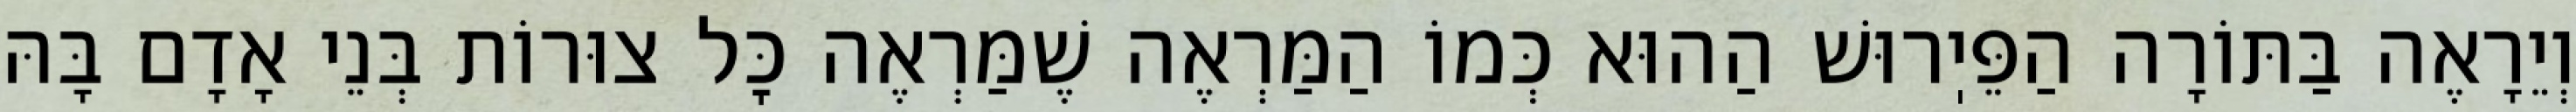
וְיֵרָאֶה בַּתּוֹרָה הַפֵּיֽרוּשׁ הַהוּא כְּמוֹ הַמַּרְאֶה שֶׁמַּרְאֶה כׇּל צוּרוֹת בְּנֵי אָדָם בָּהּ